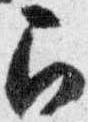
召